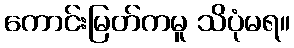
ကောင်းမြတ်ကမူ သိပုံမရ။